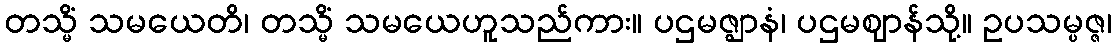
တသ္မိံ သမယေတိ၊ တသ္မိံ သမယေဟူသည်ကား။ ပဌမဇ္ဈာနံ၊ ပဌမဈာန်သို့။ ဥပသမ္ပဇ္ဇ၊